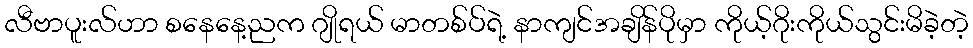
လီဗာပူးလ်ဟာ စနေနေ့ညက ဂျိုရယ် မာတစ်ပ်ရဲ့ နာကျင်အချိန်ပိုမှာ ကိုယ့်ဂိုးကိုယ်သွင်းမိခဲ့တဲ့